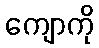
ကျောကို